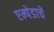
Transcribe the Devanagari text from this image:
एम्पेडाचे